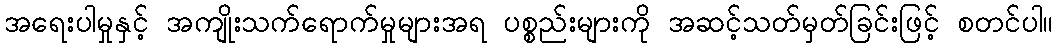
အရေးပါမှုနှင့် အကျိုးသက်ရောက်မှုများအရ ပစ္စည်းများကို အဆင့်သတ်မှတ်ခြင်းဖြင့် စတင်ပါ။